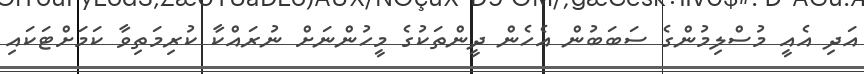
އަދި އެއީ މުސްލިމުންގެ ސަބަބުން އެހެން ދީންތަކުގެ މީހުންނަށް ނުރައްކާ ކުރިމަތިވާ ކަމަށްޓަކައި